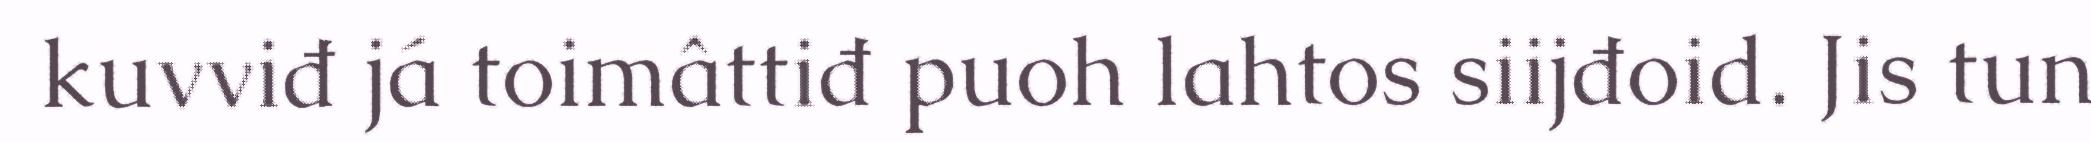
kuvviđ já toimâttiđ puoh lahtos siijđoid. Jis tun